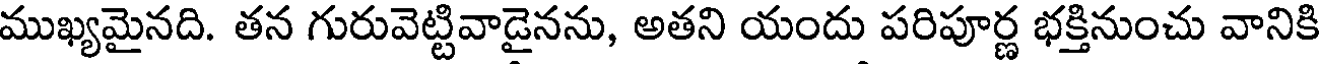
ముఖ్యమైనది. తన గురువెట్టివాడైనను, అతని యందు పరిపూర్ణ భక్తినుంచు వానికి